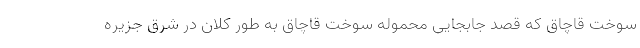
سوخت قاچاق که قصد جابجایی محموله سوخت قاچاق به طور کلان در شرق جزیره